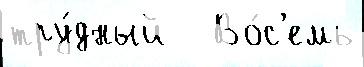
тру́дный   Во́с'емь